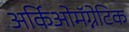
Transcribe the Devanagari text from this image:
अर्किओमॅग्नेटिक